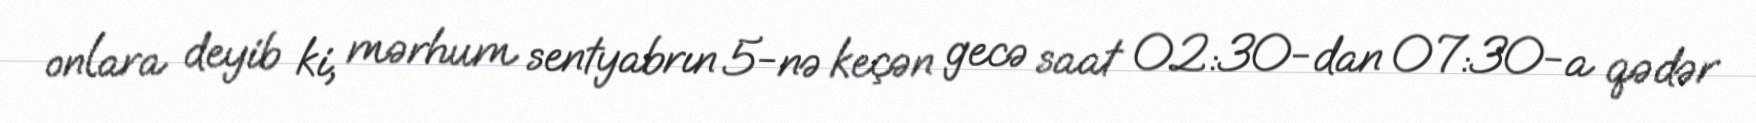
onlara deyib ki, mərhum sentyabrın 5-nə keçən gecə saat 02:30-dan 07:30-a qədər